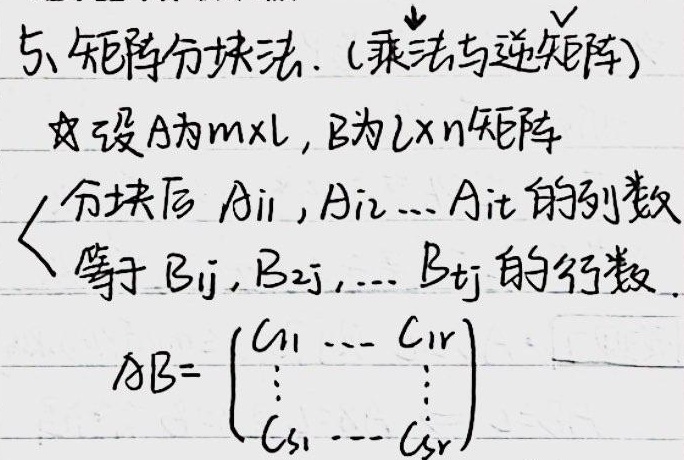
5、矩阵分块法.（乘法与逆矩阵）如设A为m×l，B为l×n矩阵，分块后 \(A_{i1},A_{i2},\cdots,A_{it}\) 的列数等于 \(B_{1j},B_{2j},\cdots,B_{tj}\) 的行数。\(AB = \begin{pmatrix}C_{11} & \cdots & C_{1r} \\\vdots & & \vdots \\C_{s1} & \cdots & C_{sr}\end{pmatrix}\)